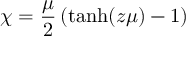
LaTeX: \chi = { \frac { \mu } { 2 } } \left( \mathrm { t a n h } ( z \mu ) - 1 \right)